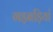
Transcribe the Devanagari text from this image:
गड़बड़ियां